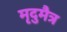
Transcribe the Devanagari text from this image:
मृदुमैत्र